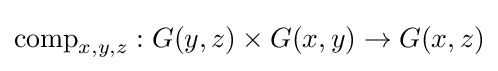
\mathrm {comp} _{x,y,z}:G(y,z)\times G(x,y)\rightarrow G(x,z)